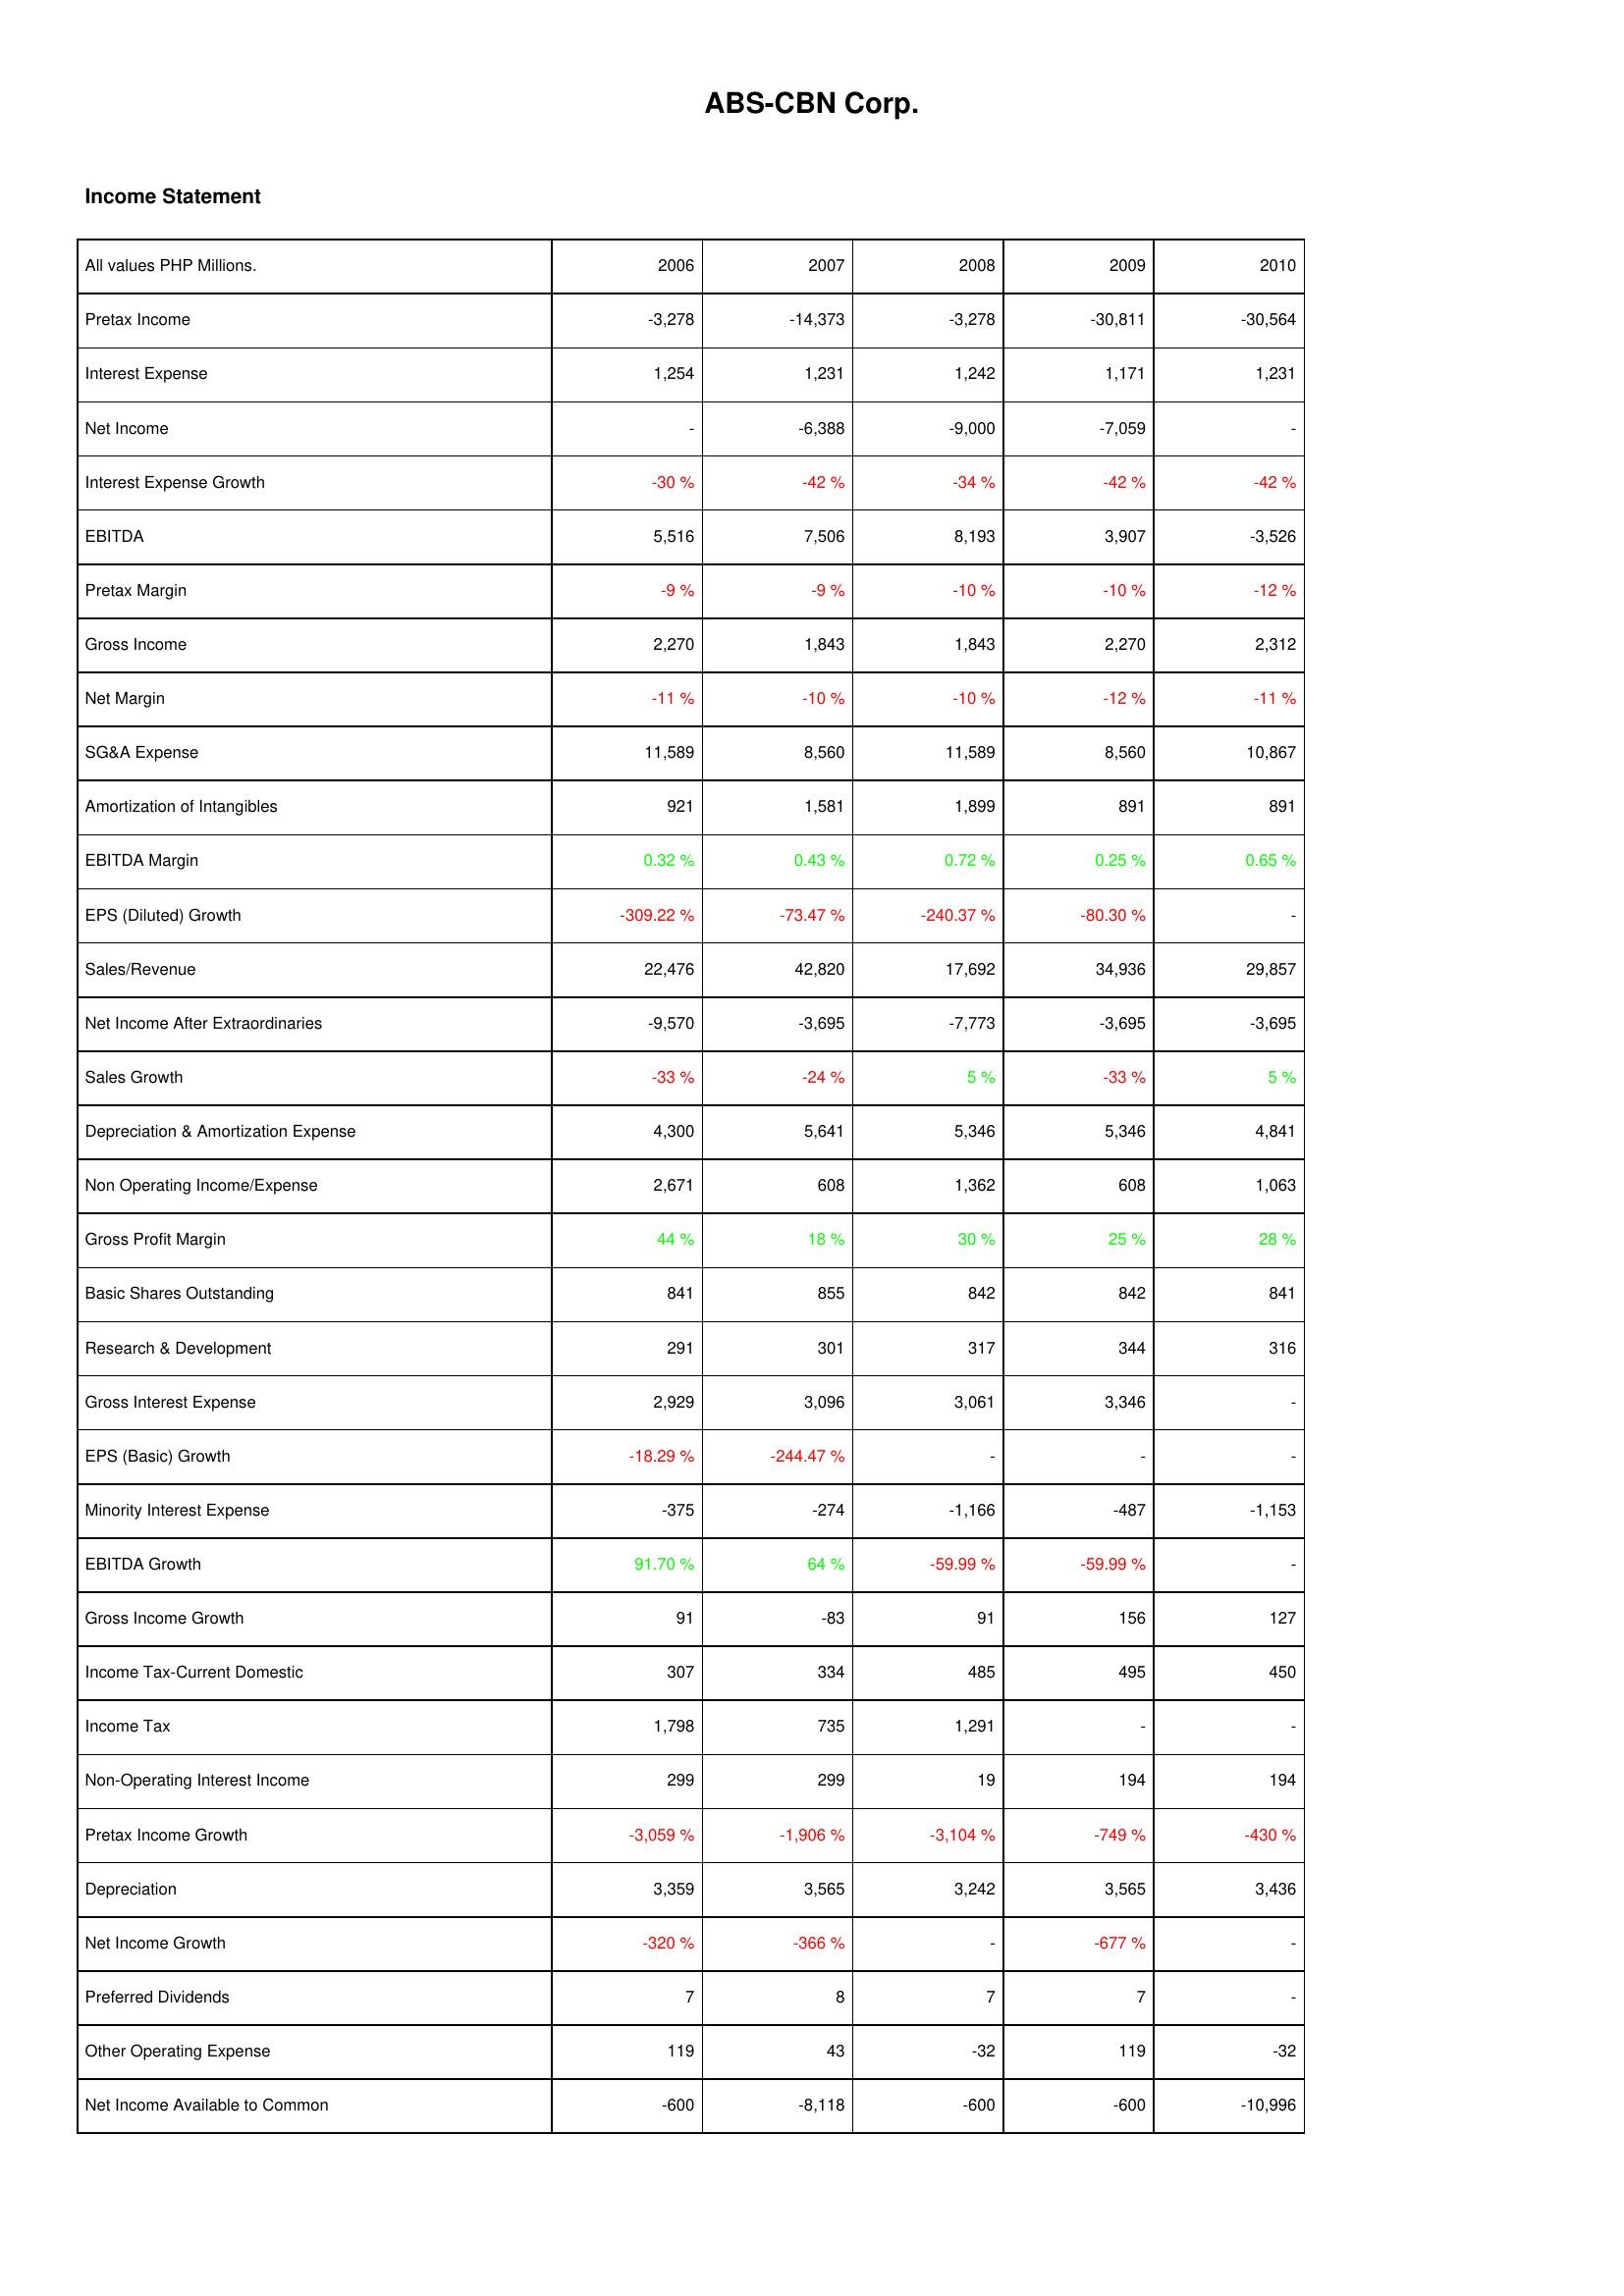
2006: Income Statement: Pretax Income: -3,278
Interest Expense: 1,254
Net Income: -
Interest Expense Growth: -30 %
EBITDA: 5,516
Pretax Margin: -9 %
Gross Income: 2,270
Net Margin: -11 %
SG&A Expense: 11,589
Amortization of Intangibles: 921
EBITDA Margin: 0.32 %
EPS (Diluted) Growth: -309.22 %
Sales/Revenue: 22,476
Net Income After Extraordinaries: -9,570
Sales Growth: -33 %
Depreciation & Amortization Expense: 4,300
Non Operating Income/Expense: 2,671
Gross Profit Margin: 44 %
Basic Shares Outstanding: 841
Research & Development: 291
Gross Interest Expense: 2,929
EPS (Basic) Growth: -18.29 %
Minority Interest Expense: -375
EBITDA Growth: 91.70 %
Gross Income Growth: 91
Income Tax-Current Domestic: 307
Income Tax: 1,798
Non-Operating Interest Income: 299
Pretax Income Growth: -3,059 %
Depreciation: 3,359
Net Income Growth: -320 %
Preferred Dividends: 7
Other Operating Expense: 119
Net Income Available to Common: -600
2007: Income Statement: Pretax Income: -14,373
Interest Expense: 1,231
Net Income: -6,388
Interest Expense Growth: -42 %
EBITDA: 7,506
Pretax Margin: -9 %
Gross Income: 1,843
Net Margin: -10 %
SG&A Expense: 8,560
Amortization of Intangibles: 1,581
EBITDA Margin: 0.43 %
EPS (Diluted) Growth: -73.47 %
Sales/Revenue: 42,820
Net Income After Extraordinaries: -3,695
Sales Growth: -24 %
Depreciation & Amortization Expense: 5,641
Non Operating Income/Expense: 608
Gross Profit Margin: 18 %
Basic Shares Outstanding: 855
Research & Development: 301
Gross Interest Expense: 3,096
EPS (Basic) Growth: -244.47 %
Minority Interest Expense: -274
EBITDA Growth: 64 %
Gross Income Growth: -83
Income Tax-Current Domestic: 334
Income Tax: 735
Non-Operating Interest Income: 299
Pretax Income Growth: -1,906 %
Depreciation: 3,565
Net Income Growth: -366 %
Preferred Dividends: 8
Other Operating Expense: 43
Net Income Available to Common: -8,118
2008: Income Statement: Pretax Income: -3,278
Interest Expense: 1,242
Net Income: -9,000
Interest Expense Growth: -34 %
EBITDA: 8,193
Pretax Margin: -10 %
Gross Income: 1,843
Net Margin: -10 %
SG&A Expense: 11,589
Amortization of Intangibles: 1,899
EBITDA Margin: 0.72 %
EPS (Diluted) Growth: -240.37 %
Sales/Revenue: 17,692
Net Income After Extraordinaries: -7,773
Sales Growth: 5 %
Depreciation & Amortization Expense: 5,346
Non Operating Income/Expense: 1,362
Gross Profit Margin: 30 %
Basic Shares Outstanding: 842
Research & Development: 317
Gross Interest Expense: 3,061
EPS (Basic) Growth: -
Minority Interest Expense: -1,166
EBITDA Growth: -59.99 %
Gross Income Growth: 91
Income Tax-Current Domestic: 485
Income Tax: 1,291
Non-Operating Interest Income: 19
Pretax Income Growth: -3,104 %
Depreciation: 3,242
Net Income Growth: -
Preferred Dividends: 7
Other Operating Expense: -32
Net Income Available to Common: -600
2009: Income Statement: Pretax Income: -30,811
Interest Expense: 1,171
Net Income: -7,059
Interest Expense Growth: -42 %
EBITDA: 3,907
Pretax Margin: -10 %
Gross Income: 2,270
Net Margin: -12 %
SG&A Expense: 8,560
Amortization of Intangibles: 891
EBITDA Margin: 0.25 %
EPS (Diluted) Growth: -80.30 %
Sales/Revenue: 34,936
Net Income After Extraordinaries: -3,695
Sales Growth: -33 %
Depreciation & Amortization Expense: 5,346
Non Operating Income/Expense: 608
Gross Profit Margin: 25 %
Basic Shares Outstanding: 842
Research & Development: 344
Gross Interest Expense: 3,346
EPS (Basic) Growth: -
Minority Interest Expense: -487
EBITDA Growth: -59.99 %
Gross Income Growth: 156
Income Tax-Current Domestic: 495
Income Tax: -
Non-Operating Interest Income: 194
Pretax Income Growth: -749 %
Depreciation: 3,565
Net Income Growth: -677 %
Preferred Dividends: 7
Other Operating Expense: 119
Net Income Available to Common: -600
2010: Income Statement: Pretax Income: -30,564
Interest Expense: 1,231
Net Income: -
Interest Expense Growth: -42 %
EBITDA: -3,526
Pretax Margin: -12 %
Gross Income: 2,312
Net Margin: -11 %
SG&A Expense: 10,867
Amortization of Intangibles: 891
EBITDA Margin: 0.65 %
EPS (Diluted) Growth: -
Sales/Revenue: 29,857
Net Income After Extraordinaries: -3,695
Sales Growth: 5 %
Depreciation & Amortization Expense: 4,841
Non Operating Income/Expense: 1,063
Gross Profit Margin: 28 %
Basic Shares Outstanding: 841
Research & Development: 316
Gross Interest Expense: -
EPS (Basic) Growth: -
Minority Interest Expense: -1,153
EBITDA Growth: -
Gross Income Growth: 127
Income Tax-Current Domestic: 450
Income Tax: -
Non-Operating Interest Income: 194
Pretax Income Growth: -430 %
Depreciation: 3,436
Net Income Growth: -
Preferred Dividends: -
Other Operating Expense: -32
Net Income Available to Common: -10,996